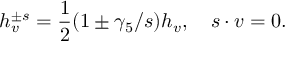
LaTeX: h _ { v } ^ { \pm s } = \frac { 1 } { 2 } ( 1 \pm \gamma _ { 5 } \slash { s } ) h _ { v } , \quad s \cdot v = 0 .